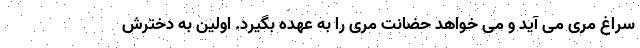
سراغ مری می آید و می خواهد حضانت مری را به عهده بگیرد. اولین به دخترش